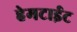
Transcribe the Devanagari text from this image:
हेमटाईट